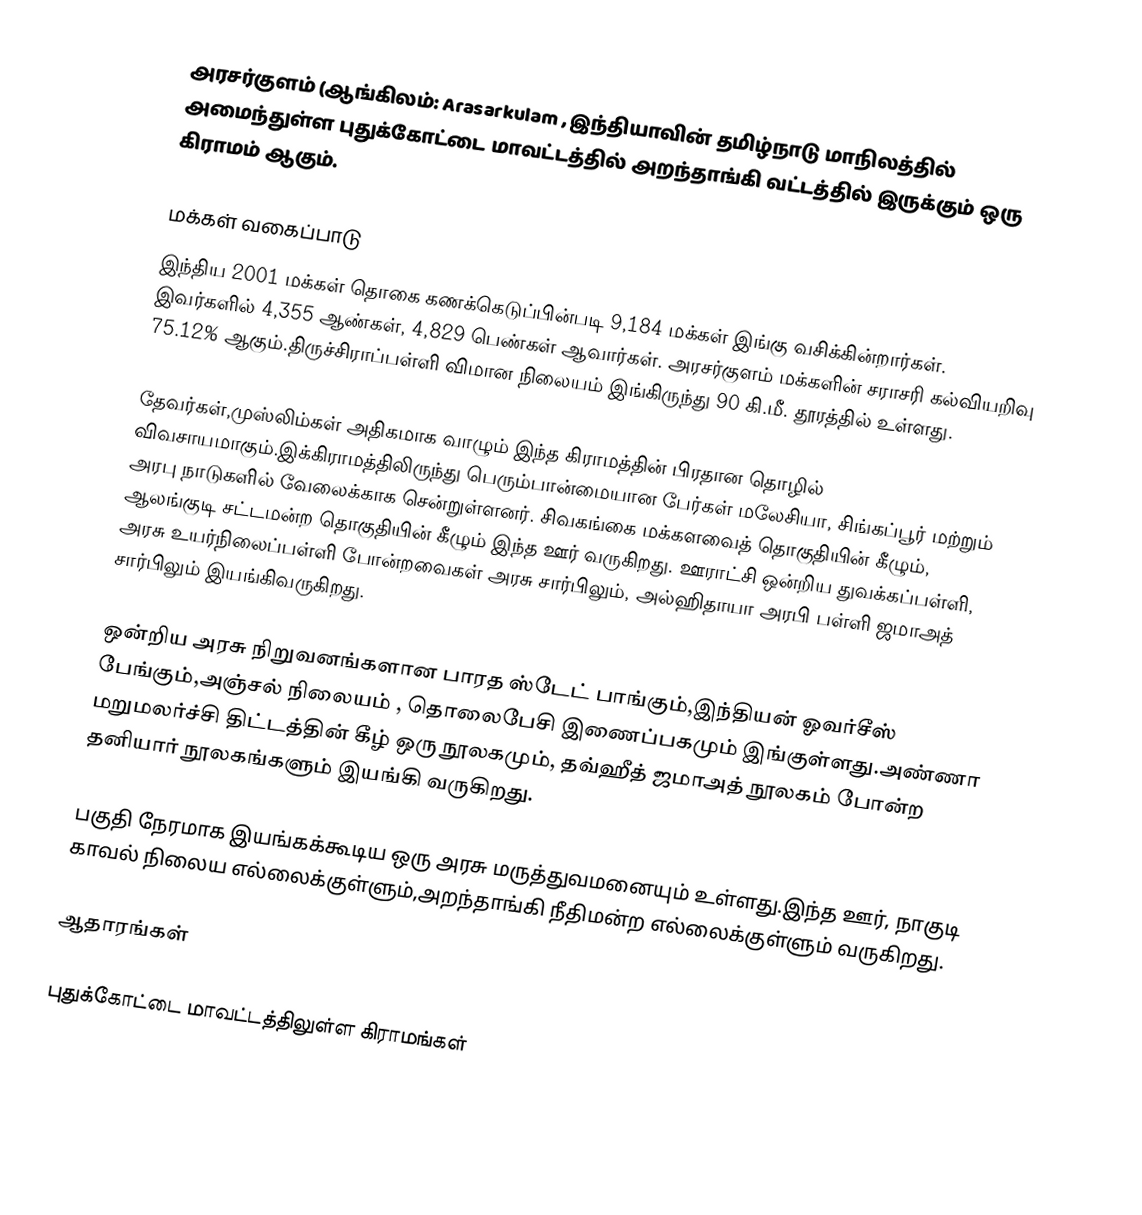
அரசர்குளம்  (ஆங்கிலம்: Arasarkulam , இந்தியாவின் தமிழ்நாடு மாநிலத்தில் அமைந்துள்ள  புதுக்கோட்டை மாவட்டத்தில்   அறந்தாங்கி வட்டத்தில் இருக்கும்  ஒரு கிராமம்  ஆகும்.

மக்கள் வகைப்பாடு
இந்திய 2001 மக்கள் தொகை கணக்கெடுப்பின்படி 9,184 மக்கள் இங்கு வசிக்கின்றார்கள்.  இவர்களில் 4,355 ஆண்கள், 4,829 பெண்கள் ஆவார்கள். அரசர்குளம் மக்களின் சராசரி கல்வியறிவு 75.12% ஆகும்.திருச்சிராப்பள்ளி விமான நிலையம் இங்கிருந்து 90 கி.மீ. தூரத்தில் உள்ளது.

தேவர்கள்,முஸ்லிம்கள் அதிகமாக வாழும் இந்த கிராமத்தின் பிரதான தொழில் விவசாயமாகும்.இக்கிராமத்திலிருந்து பெரும்பான்மையான பேர்கள் மலேசியா, சிங்கப்பூர் மற்றும் அரபு நாடுகளில் வேலைக்காக சென்றுள்ளனர்.  சிவகங்கை மக்களவைத் தொகுதியின் கீழும்,  ஆலங்குடி சட்டமன்ற தொகுதியின் கீழும் இந்த ஊர் வருகிறது.  ஊராட்சி ஒன்றிய துவக்கப்பள்ளி, அரசு உயர்நிலைப்பள்ளி போன்றவைகள் அரசு சார்பிலும், அல்ஹிதாயா அரபி பள்ளி ஜமாஅத் சார்பிலும் இயங்கிவருகிறது.

ஒன்றிய அரசு நிறுவனங்களான பாரத ஸ்டேட் பாங்கும்,இந்தியன் ஓவர்சீஸ் பேங்கும்,அஞ்சல் நிலையம் , தொலைபேசி இணைப்பகமும் இங்குள்ளது.அண்ணா மறுமலர்ச்சி திட்டத்தின் கீழ் ஒரு நூலகமும், தவ்ஹீத் ஜமாஅத் நூலகம் போன்ற தனியார் நூலகங்களும் இயங்கி வருகிறது.

பகுதி நேரமாக இயங்கக்கூடிய ஒரு அரசு மருத்துவமனையும் உள்ளது.இந்த ஊர், நாகுடி காவல் நிலைய எல்லைக்குள்ளும்,அறந்தாங்கி நீதிமன்ற எல்லைக்குள்ளும் வருகிறது.

ஆதாரங்கள்

 புதுக்கோட்டை மாவட்டத்திலுள்ள கிராமங்கள்